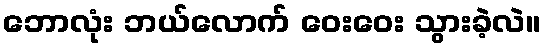
ဘောလုံး ဘယ်လောက် ဝေးဝေး သွားခဲ့လဲ။